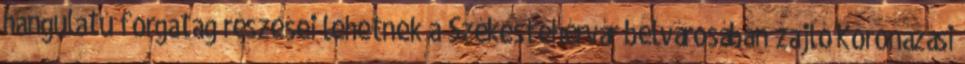
hangulatú forgatag részesei lehetnek a Székesfehérvár belvárosában zajló Koronázási